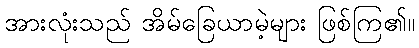
အားလုံးသည် အိမ်ခြေယာမဲ့များ ဖြစ်ကြ၏။